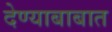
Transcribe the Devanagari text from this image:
देण्याबाबात